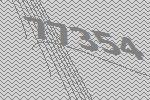
77354